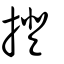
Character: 撜